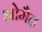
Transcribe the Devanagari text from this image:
ओमैद